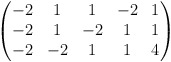
\begin{align*} \begin{pmatrix} -2&1&1&-2&1\\ -2&1&-2&1&1\\ -2&-2&1&1&4 \end{pmatrix}\end{align*}